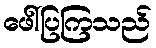
ဖေါ်ပြကြသည်